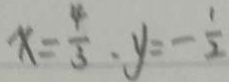
x = \frac { 4 } { 3 } \cdot y = - \frac { 1 } { 2 }